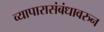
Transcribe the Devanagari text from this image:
व्यापारासंबंधावरुन